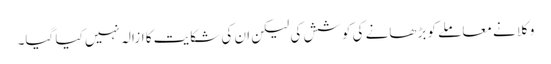
وکلا نے معاملے کو بڑھانے کی کوشش کی لیکن ان کی شکایت کا ازالہ نہیں کیا گیا۔